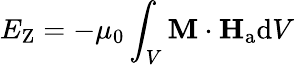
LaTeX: E_{\mathrm{Z}}=-\mu_{0}\int_{V}\mathbf{M}\cdot\mathbf{H}_{\mathrm{a}}\mathrm{d}V